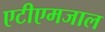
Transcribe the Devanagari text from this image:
एटीएमजाल